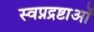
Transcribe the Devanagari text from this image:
स्वप्नद्रष्टाओं